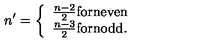
n ^ { \prime } = \left\{ \begin{array} { l } { \frac { n - 2 } { 2 } \mathrm { f o r n e v e n } } \\ { \frac { n - 3 } { 2 } \mathrm { f o r n o d d } . } \\ \end{array} \right.